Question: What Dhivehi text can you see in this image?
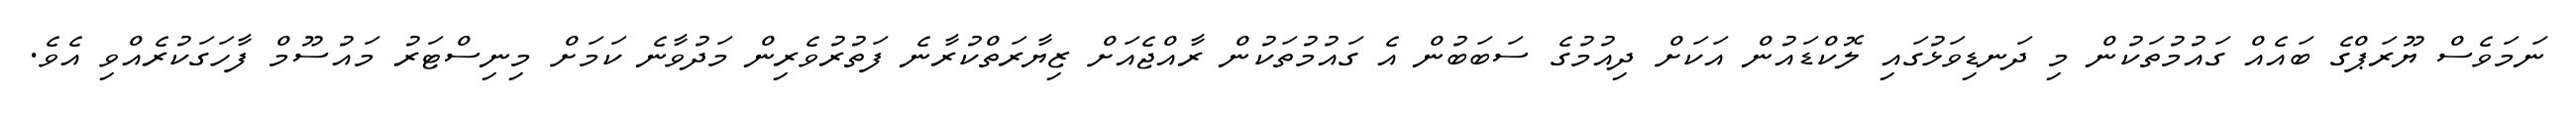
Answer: ނަމަވެސް ޔޫރަޕްގެ ބައެއް ގައުމުތަކުން މި ދަނޑިވަޅުގައި ލޮކްޑައުން އަކަށް ދިއުމުގެ ސަބަބުން އެ ގައުމުތަކުން ރާއްޖެއަށް ޒިޔާރަތްކުރާނެ ފަތުރުވެރިން މަދުވާނެ ކަމަށް މިނިސްޓަރު މައުސޫމް ފާހަގަކުރެއްވި އެވެ.